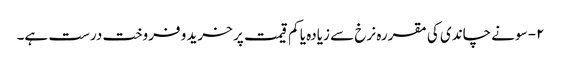
۲- سونے چاندی کی مقررہ نرخ سے زیادہ یا کم قیمت پر خرید و فروخت درست ہے۔